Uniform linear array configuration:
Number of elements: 12
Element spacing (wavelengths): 0.25
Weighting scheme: blackman
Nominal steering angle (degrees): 30
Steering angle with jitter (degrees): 28.835
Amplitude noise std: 0.05
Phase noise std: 0.05

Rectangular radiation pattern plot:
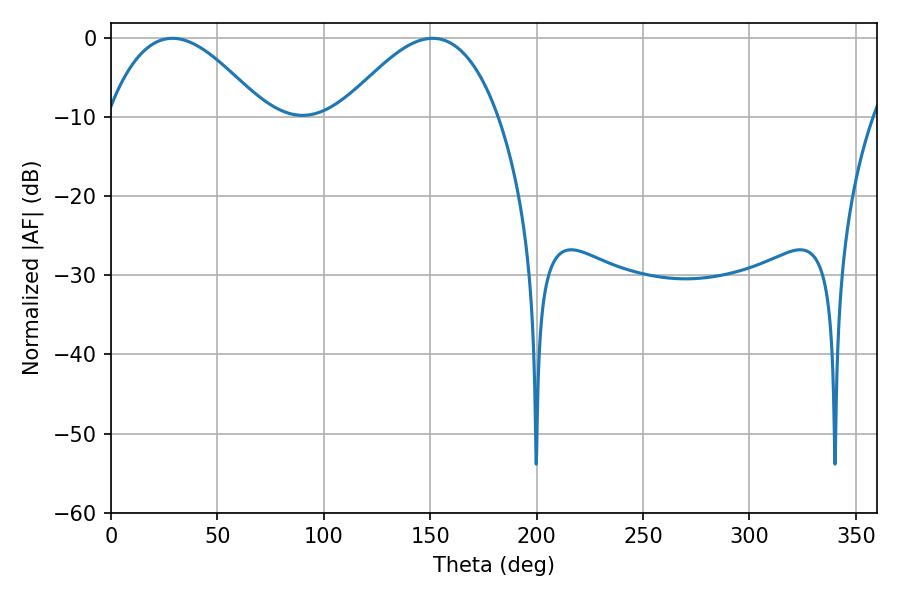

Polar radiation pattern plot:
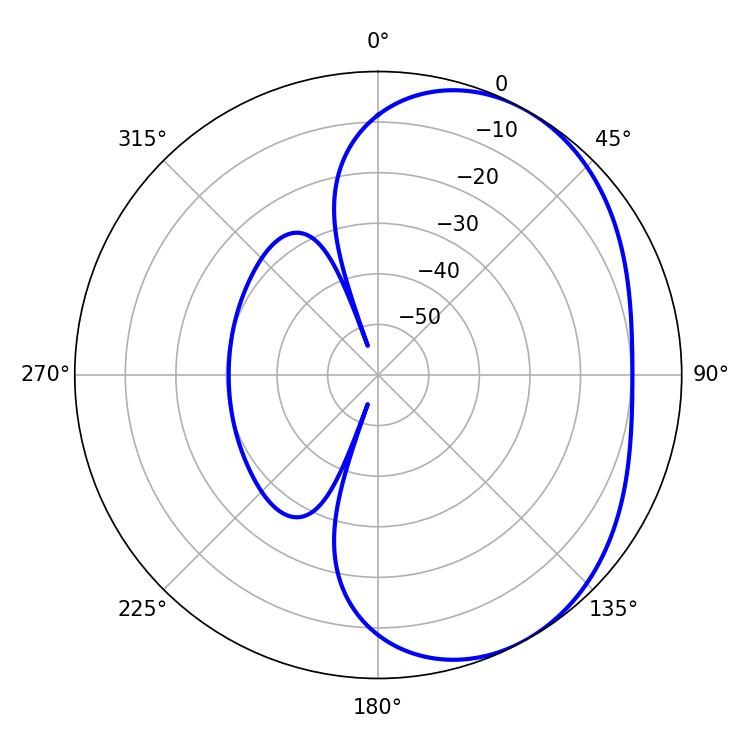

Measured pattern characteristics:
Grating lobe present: FALSE
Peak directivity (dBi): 3.775
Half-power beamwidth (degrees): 40.14
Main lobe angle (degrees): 28.8